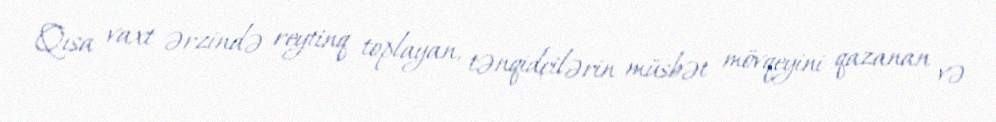
Qısa vaxt ərzində reytinq toplayan, tənqidçilərin müsbət mövqeyini qazanan və